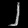
Digit: ၂